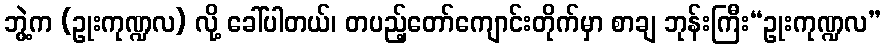
ဘွဲ့က (ဥုးကုဏ္ဍလ) လို့ ခေါ်ပါတယ်၊ တပည့်တော်ကျောင်းတိုက်မှာ စာချ ဘုန်းကြီး“ဥုးကုဏ္ဍလ”